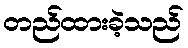
တည်ထားခဲ့သည်